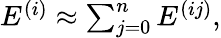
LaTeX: \begin{array}{r}{E^{(i)}\approx\sum_{j=0}^{n}E^{(ij)},}\end{array}